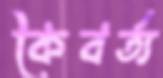
কৈবর্ত্য